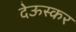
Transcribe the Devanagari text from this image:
देऊस्कर